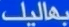
بِهَالِكْ